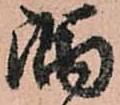
隅